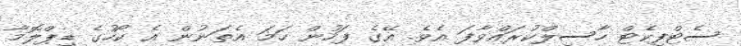
ސެޓްފިކެޓް ހާސިލްކުރައްވާފަ އެވެ. އޭގެ ފަހުން ހަަމަ އެތަނުން އެ ކޯހުގެ ޑިޕްލޮމާ